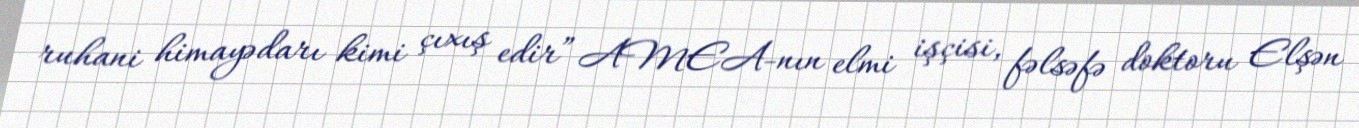
ruhani himayədarı kimi çıxış edir” AMEA-nın elmi işçisi, fəlsəfə doktoru Elşən